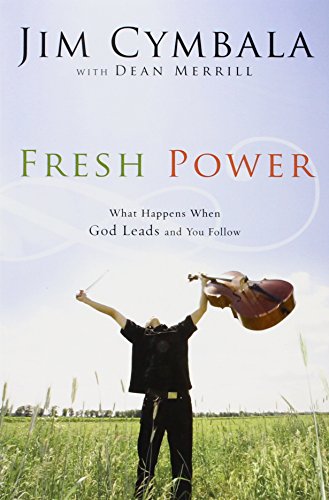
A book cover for Fresh Power: What Happens When God Leads and You Follow; Jim Cymbala; Christian Books & Bibles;